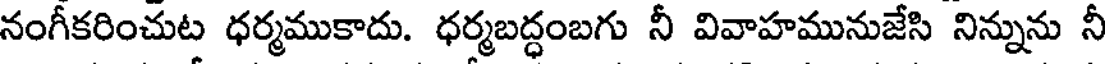
నంగీకరించుట ధర్మముకాదు. ధర్మబద్ధంబగు నీ వివాహమునుజేసి నిన్నును నీ